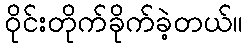
ဝိုင်းတိုက်ခိုက်ခဲ့တယ်။